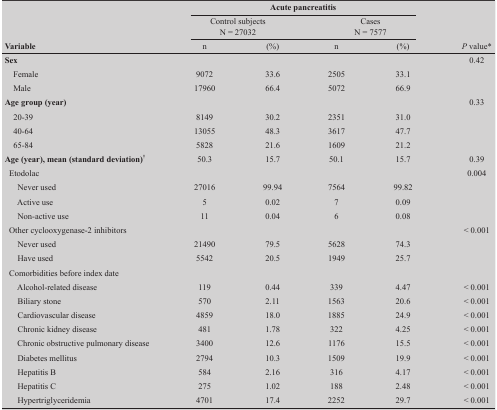
|  | <COLSPAN=5> Acute ancreatitis |
 |  | <COLSPAN=2> Control subjects N = 27032 | <COLSPAN=2> Cases N = 7577 |  |
 | Variable | n | (%) | n | (%) | P value* |
 | --- | --- | --- | --- | --- | --- |
 | Sex |  |  |  |  | 0.42 |
 | Female | 9072 | 33.6 | 2505 | 33.1 |  |
 | Male | 17960 | 66.4 | 5072 | 66.9 |  |
 | Age group (year) |  |  |  |  | 0.33 |
 | 20-39 | 8149 | 30.2 | 2351 | 31.0 |  |
 | 40-64 | 13055 | 48.3 | 3617 | 47.7 |  |
 | 65-84 | 5828 | 21.6 | 1609 | 21.2 |  |
 | Age (year), mean (standard deviation)† | 50.3 | 15.7 | 50.1 | 15.7 | 0.39 |
 | Etodolac |  |  |  |  | 0.004 |
 | Never used | 27016 | 99.94 | 7564 | 99.82 |  |
 | Active use | 5 | 0.02 | 7 | 0.09 |  |
 | Non-active use | 11 | 0.04 | 6 | 0.08 |  |
 | Other cyclooxygenase-2 inhibitors |  |  |  |  | < 0.001 |
 | Never used | 21490 | 79.5 | 5628 | 74.3 |  |
 | Have used | 5542 | 20.5 | 1949 | 25.7 |  |
 | Comorbidities before index date |  |  |  |  |  |
 | Alcohol-related disease | 119 | 0.44 | 339 | 4.47 | < 0.001 |
 | Biliary stone | 570 | 2.11 | 1563 | 20.6 | < 0.001 |
 | Cardiovascular disease | 4859 | 18.0 | 1885 | 24.9 | < 0.001 |
 | Chronic kidney disease | 481 | 1.78 | 322 | 4.25 | < 0.001 |
 | Chronic obstructive pulmonary disease | 3400 | 12.6 | 1176 | 15.5 | < 0.001 |
 | Diabetes mellitus | 2794 | 10.3 | 1509 | 19.9 | < 0.001 |
 | Hepatitis B | 584 | 2.16 | 316 | 4.17 | < 0.001 |
 | Hepatitis C | 275 | 1.02 | 188 | 2.48 | < 0.001 |
 | Hypertriglyceridemia | 4701 | 17.4 | 2252 | 29.7 | < 0.001 |